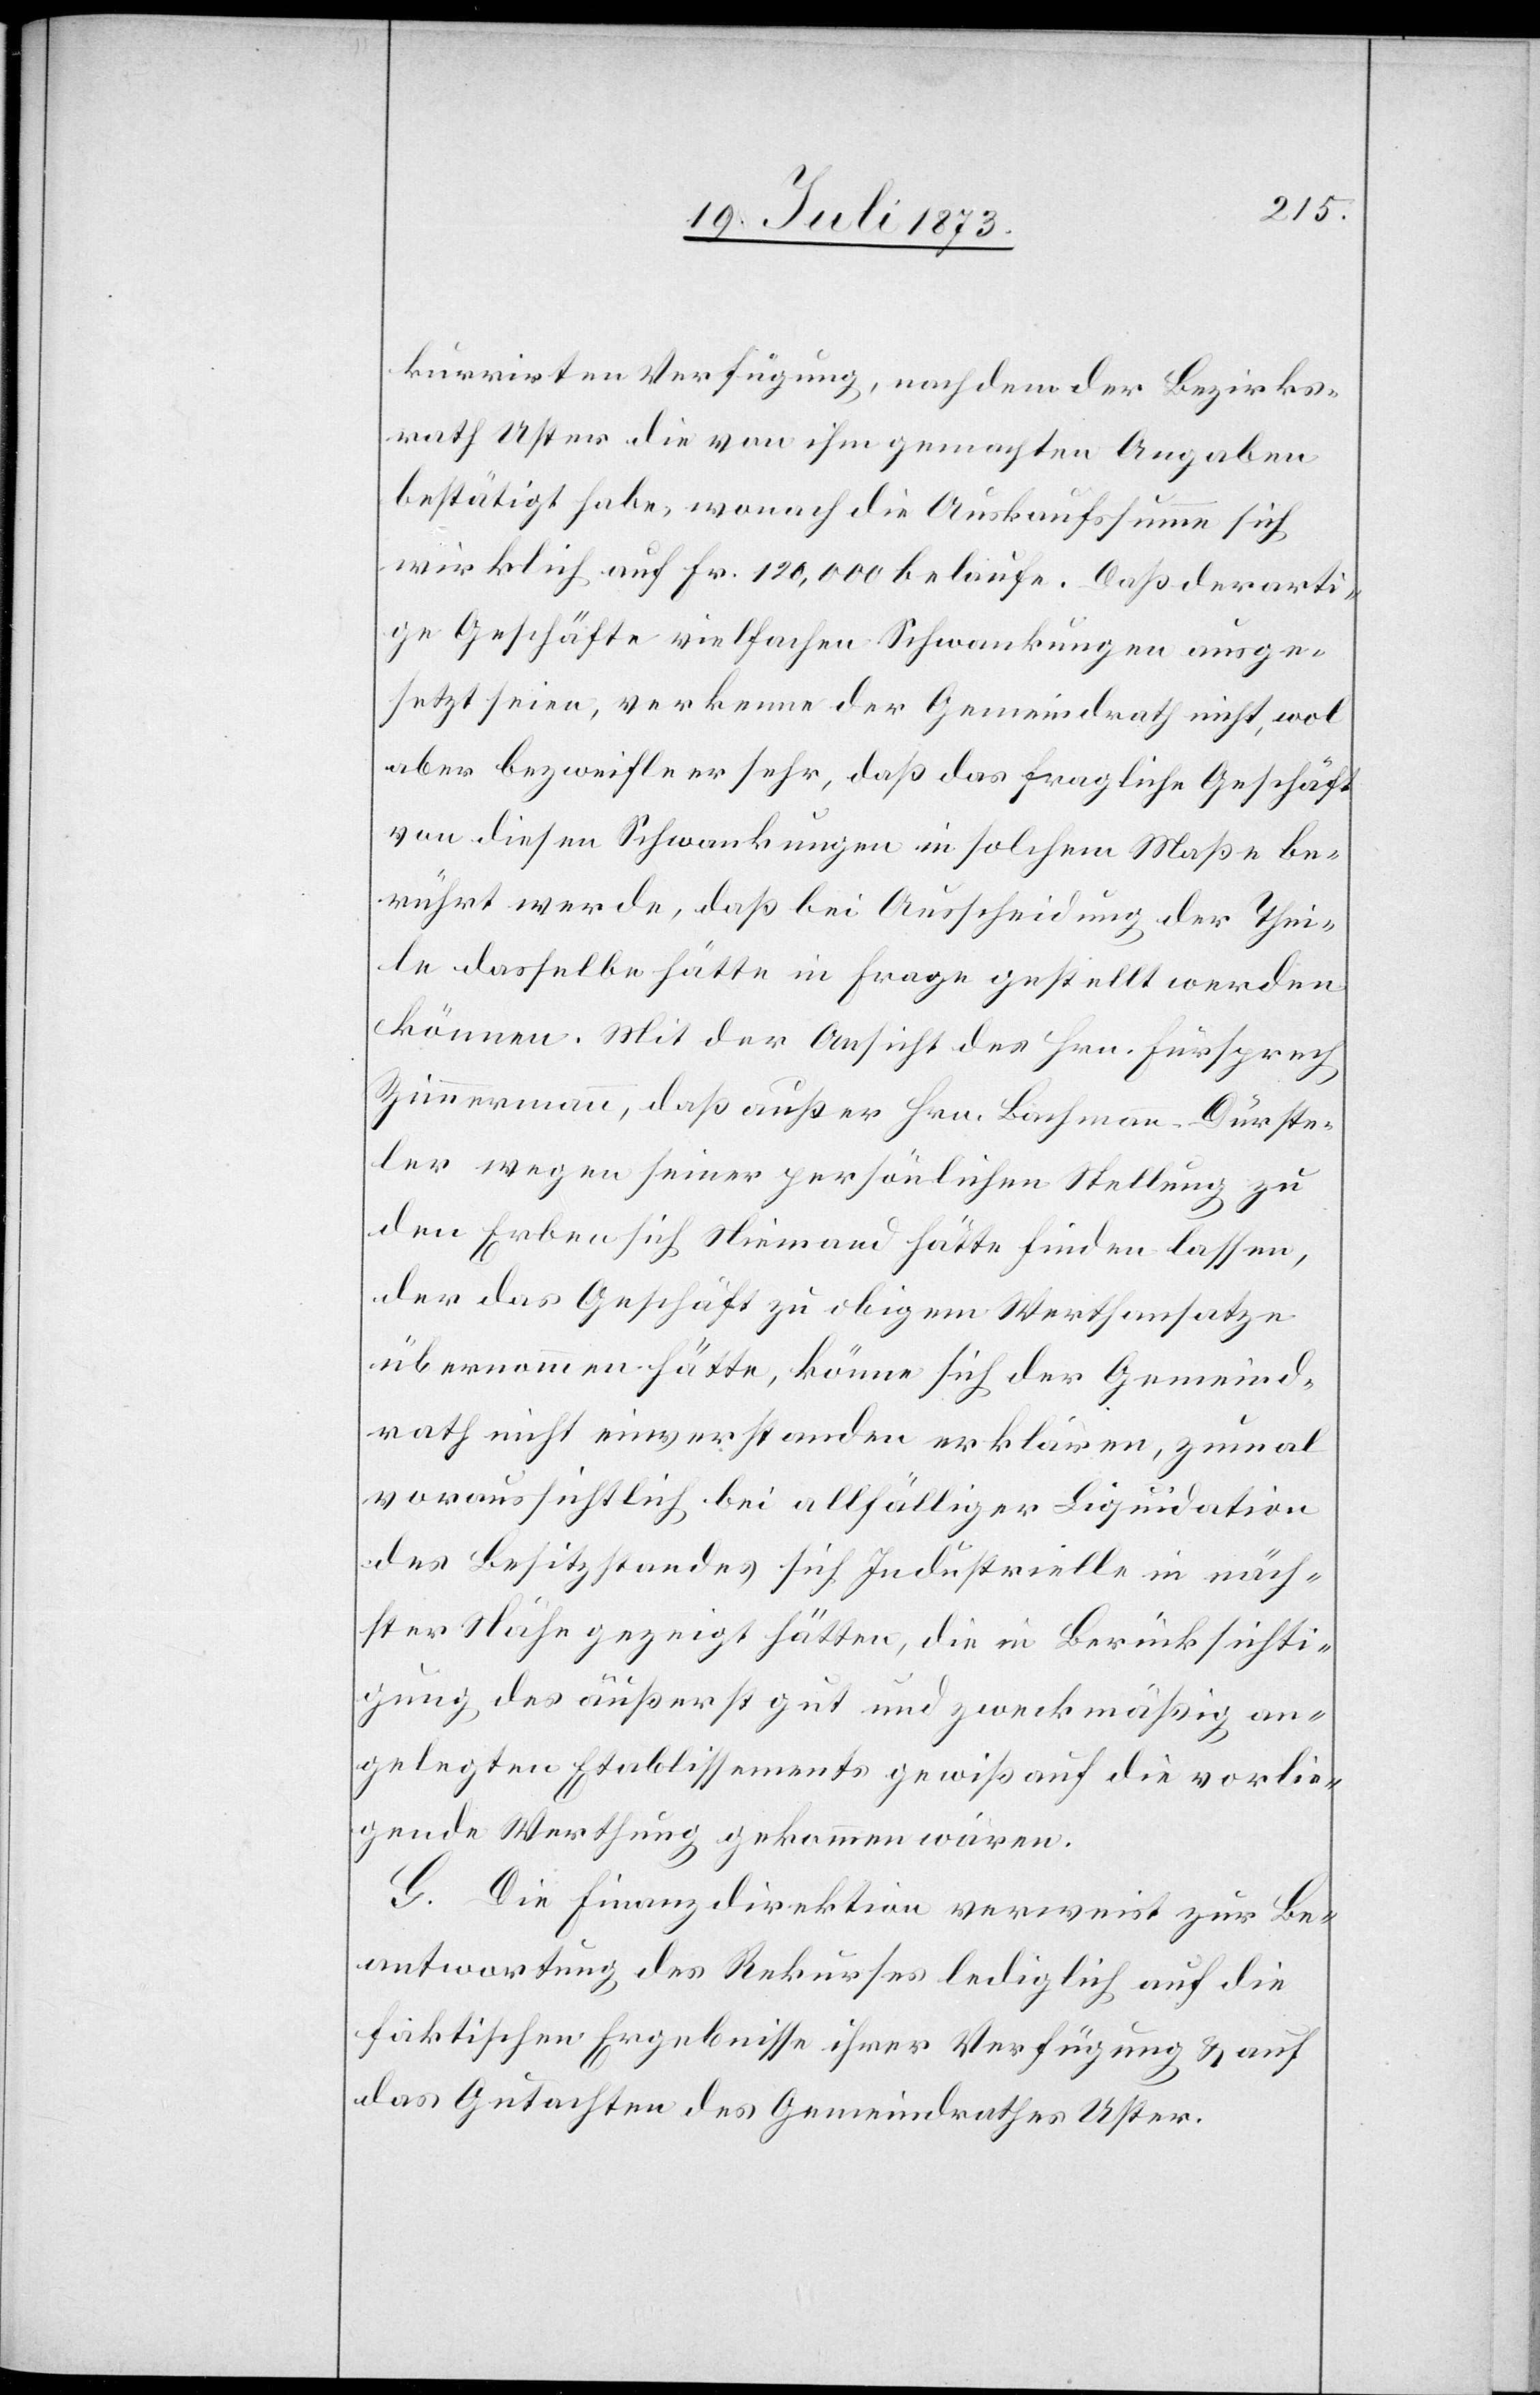
kurrirten Verfügung, nach dem der Bezirks¬
rath Uster die von ihm gemachten Angaben
bestätigt habe, wonach die Auskaufssumme sich
wirklich auf Fr. 120,000 belaufe. Daß derarti¬
ge Geschäfte vielfachen Schwankungen ausge¬
setzt seien, verkenne der Gemeindrath nicht, wol
aber bezweifle er sehr, daß das fragliche Geschäft
von diesen Schwankungen in solchem Maße be¬
rührt werde, daß bei Ausscheidung der Thei¬
le dasselbe hätte in Frage gestellt werden
können. Mit der Ansicht des Hrn. Fürsprech
Zimmermann, daß außer Hrn. Bachmann-Dürste¬
ler wegen seiner persönlichen Stellung zu
den Erben sich Niemand hätte finden lassen,
der das Geschäft zu obigem Werthansatze
übernommen hätte, könne sich der Gemeind¬
rath nicht einverstanden erklären, zumal
voraussichtlich bei allfälliger Liquidation
des Besitzstandes sich Industrielle in näch¬
ster Nähe gezeigt hätten, die in Berücksichti¬
gung des äußerst gut und zweckmäßig an¬
gelegten Etablissements gewiß auf die vorlie¬
gende Werthung gekommen wären.
G. Die Finanzdirektion verweist zur Be¬
antwortung des Rekurses lediglich auf die
faktischen Ergebnisse ihrer Verfügung & auf
das Gutachten des Gemeindrathes Uster.